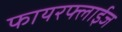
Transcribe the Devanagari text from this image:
फायरफ्लाईज